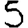
Digit: 5